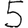
Digit: 5